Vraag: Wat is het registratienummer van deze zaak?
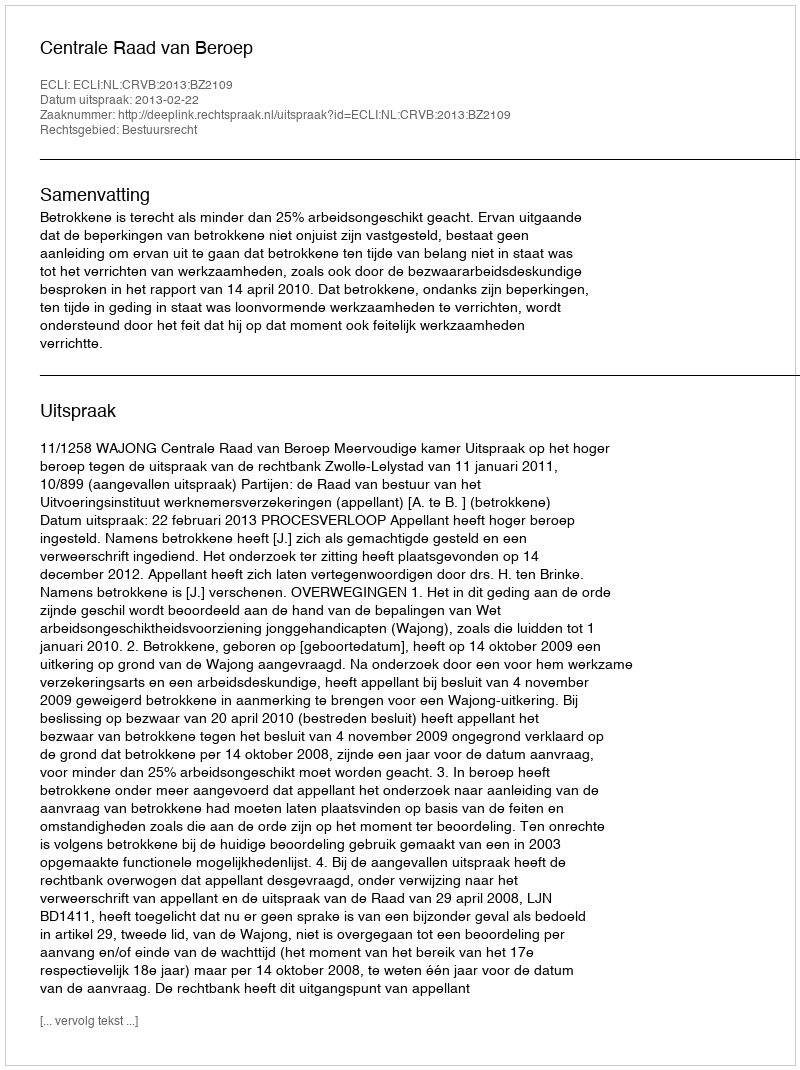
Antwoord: http://deeplink.rechtspraak.nl/uitspraak?id=ECLI:NL:CRVB:2013:BZ2109